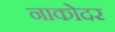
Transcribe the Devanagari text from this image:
नाकोदर